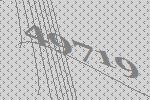
49719